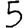
Digit: 5